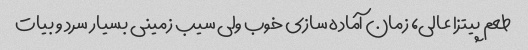
طعم پیتزا عالی، زمان آماده سازی خوب ولی سیب زمینی بسیار سرد و بیات